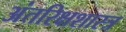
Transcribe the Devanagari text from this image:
अंतरिक्षशास्त्र